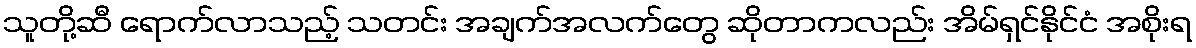
သူတို့ဆီ ရောက်လာသည့် သတင်း အချက်အလက်တွေ ဆိုတာကလည်း အိမ်ရှင်နိုင်ငံ အစိုးရ